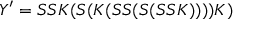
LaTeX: Y ^ { \prime } = S S K ( S ( K ( S S ( S ( S S K ) ) ) ) K )